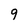
Character: 9